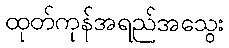
ထုတ်ကုန်အရည်အသွေး